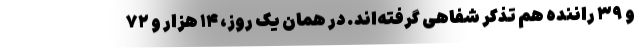
و ۳۹ راننده هم تذکر شفاهی گرفته‌اند. در همان یک روز، ۱۴ هزار و ۷۲